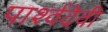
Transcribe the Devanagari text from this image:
पार्श्वदेवी